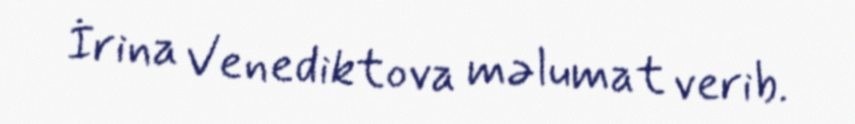
İrina Venediktova məlumat verib.